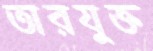
তারযুক্ত